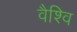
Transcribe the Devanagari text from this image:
वैश्वि